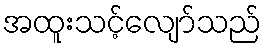
အထူးသင့်လျော်သည်